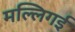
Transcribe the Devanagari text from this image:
मल्लिगई